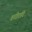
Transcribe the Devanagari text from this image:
शरीरादि